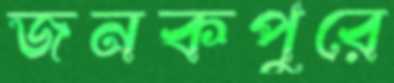
জনকপুরে